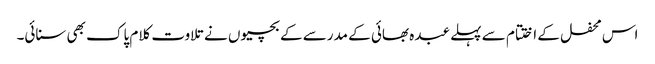
اس محفل کے اختتام سے پہلے عبدہ بھائی کے مدرسے کے بچیوں نے تلاوت کلام پاک بھی سنائی۔